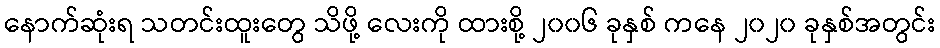
နောက်ဆုံးရ သတင်းထူးတွေ သိဖို့ လေးကို ထားစို့ ၂၀၀၆ ခုနှစ် ကနေ ၂၀၂၀ ခုနှစ်အတွင်း